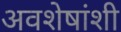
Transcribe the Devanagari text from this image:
अवशेषांशी